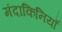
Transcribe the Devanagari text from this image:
मंदाकिनियाँ